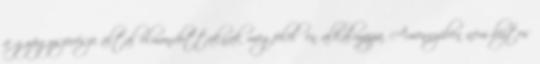
a gyógyszerésze által elmondottaknak megfelelően alkalmazza. Amennyiben nem biztos